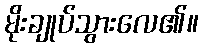
မိုးချုပ်သွားလေ၏။